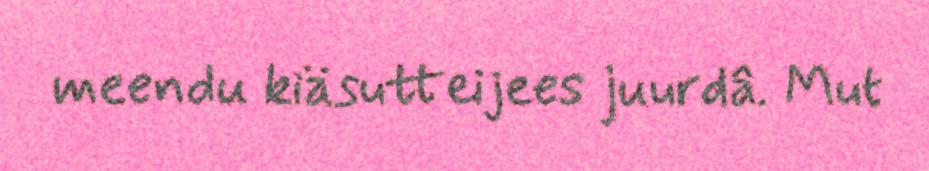
meendu kiäsutteijees juurdâ. Mut